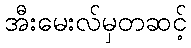
အီးမေးလ်မှတဆင့်